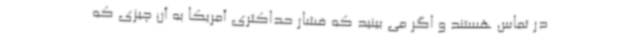
در تماس هستند و اگر می بینید که فشار حداکثری آمریکا به آن چیزی که